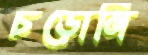
চড়োনি